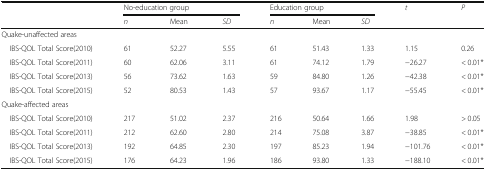
| <ROWSPAN=2>  | <COLSPAN=3> No-education group | <COLSPAN=3> Education group | <ROWSPAN=2> t | <ROWSPAN=2> P |
 | n | Mean | SD | n | Mean | SD |
 | --- | --- | --- | --- | --- | --- | --- | --- | --- |
 | <COLSPAN=9> Quake-unaffected areas |
 | IBS-QOL Total Score(2010) | 61 | 52.27 | 5.55 | 61 | 51.43 | 1.33 | 1.15 | 0.26 |
 | IBS-QOL Total Score(2011) | 60 | 62.06 | 3.11 | 61 | 74.12 | 1.79 | −26.27 | < 0.01* |
 | IBS-QOL Total Score(2013) | 56 | 73.62 | 1.63 | 59 | 84.80 | 1.26 | −42.38 | < 0.01* |
 | IBS-QOL Total Score(2015) | 52 | 80.53 | 1.43 | 57 | 93.67 | 1.17 | −55.45 | < 0.01* |
 | <COLSPAN=9> Quake-affected areas |
 | IBS-QOL Total Score(2010) | 217 | 51.02 | 2.37 | 216 | 50.64 | 1.66 | 1.98 | > 0.05 |
 | IBS-QOL Total Score(2011) | 212 | 62.60 | 2.80 | 214 | 75.08 | 3.87 | −38.85 | < 0.01* |
 | IBS-QOL Total Score(2013) | 192 | 64.85 | 2.30 | 197 | 85.23 | 1.94 | −101.76 | < 0.01* |
 | IBS-QOL Total Score(2015) | 176 | 64.23 | 1.96 | 186 | 93.80 | 1.33 | −188.10 | < 0.01* |